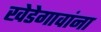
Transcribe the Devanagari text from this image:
खेडेगावांना